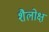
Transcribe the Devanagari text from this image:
शैलोक्ष